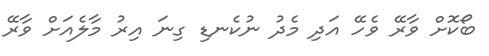
ބޯކޮށް ވާރޭ ވެހޭ އަދި މެދު ނުކެނޑި ގިނަ އިރު މާލެއަށް ވާރޭ